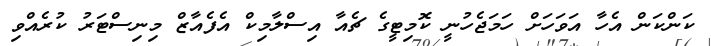
ކަންކަން އެހާ އަވަހަށް ހަމަޖެހުނީ ކޮމިޓީގެ ޗެއާ އިސްލާމިކް އެފެއާޒް މިނިސްޓަރު ކުރެއްވި